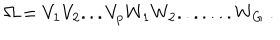
LaTeX: \Omega = V _ { 1 } V _ { 2 } . . . V _ { p } W _ { 1 } W _ { 2 } . . . . . . . W _ { G } ~ .